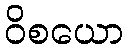
ဝိစယော